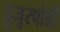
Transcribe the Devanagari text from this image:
हुजुरपोडी